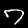
Label: 7